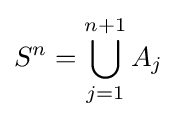
S^{n}=\bigcup _{j=1}^{n+1}A_{j}